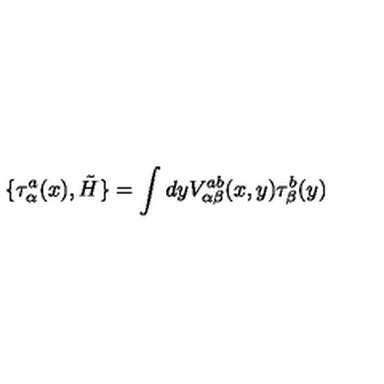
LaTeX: \{ \tau _ { \alpha } ^ { a } ( x ) , \tilde { H } \} = \int d y V _ { \alpha \beta } ^ { a b } ( x , y ) \tau _ { \beta } ^ { b } ( y )